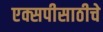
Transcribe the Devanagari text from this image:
एक्सपीसाठीचे